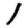
Digit: 1